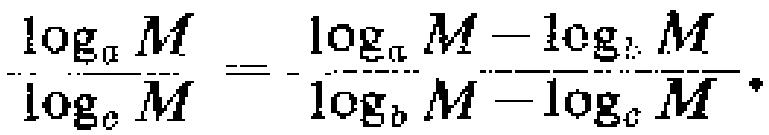
\(\frac{\log_{a}M}{\log_{c}M}=\frac{\log_{a}M - \log_{b}M}{\log_{b}M-\log_{c}M}\)